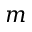
m